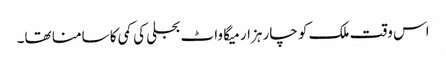
اس وقت ملک کو چار ہزار میگا واٹ بجلی کی کمی کا سامنا تھا۔